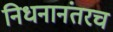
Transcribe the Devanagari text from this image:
निधनानंतरच